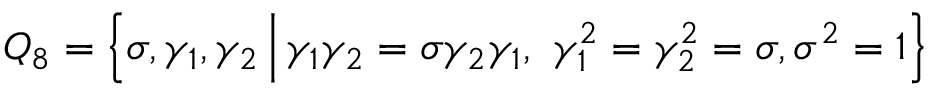
Q _ { 8 } = \Big \{ \sigma , \gamma _ { 1 } , \gamma _ { 2 } \, \Big | \, \gamma _ { 1 } \gamma _ { 2 } = \sigma \gamma _ { 2 } \gamma _ { 1 } , ~ \gamma _ { 1 } ^ { 2 } = \gamma _ { 2 } ^ { 2 } = \sigma , \sigma ^ { 2 } = 1 \Big \}